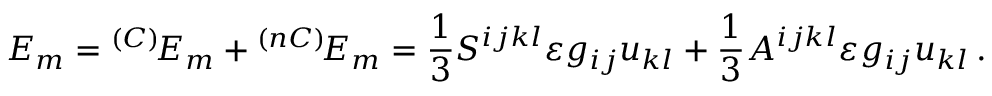
E _ { m } = { } ^ { ( C ) } \! E _ { m } + { } ^ { ( n C ) } \! E _ { m } = \frac 1 3 S ^ { i j k l } \varepsilon g _ { i j } u _ { k l } + \frac 1 3 A ^ { i j k l } \varepsilon g _ { i j } u _ { k l } \, .